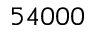
5 4 0 0 0